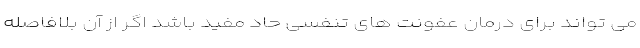
می تواند برای درمان عفونت های تنفسی حاد مفید باشد اگر از آن بلافاصله